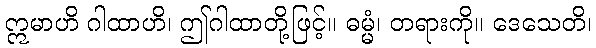
ဣမာဟိ ဂါထာဟိ၊ ဤဂါထာတို့ဖြင့်။ ဓမ္မံ၊ တရားကို။ ဒေသေတိ၊